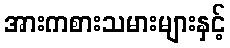
အားကစားသမားများနှင့်